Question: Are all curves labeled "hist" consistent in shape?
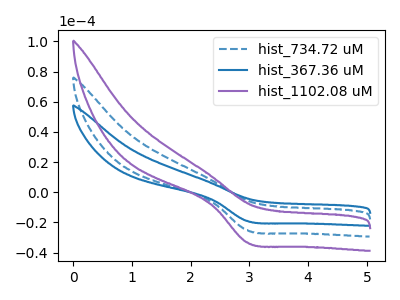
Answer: <think>The blue dashed curve "hist_734.72 uM" has a cathodic peak at: (2.95V, -25.15uA). The blue curve "hist_367.36 uM" has a cathodic peak at: (2.95V, -19.00uA). The purple curve "hist_1102.08 uM" has a cathodic peak at: (2.95V, -50.30uA).
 All the peaks in "hist_734.72 uM" have a peak in "hist_367.36 uM" at the same potential. Every peak in "hist_734.72 uM" is higher than every peak in "hist_367.36 uM". All the peaks in "hist_734.72 uM" have a peak in "hist_1102.08 uM" at the same potential. Every peak in "hist_734.72 uM" is lower than every peak in "hist_1102.08 uM". All the peaks in "hist_367.36 uM" have a peak in "hist_1102.08 uM" at the same potential. Every peak in "hist_367.36 uM" is lower than every peak in "hist_1102.08 uM".</think>
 <answer>All the CV's of "hist" have similar shape.</answer>
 <eval>follow_rule</eval>